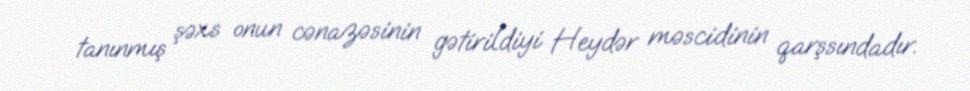
tanınmış şəxs onun cənazəsinin gətirildiyi Heydər məscidinin qarşsındadır.